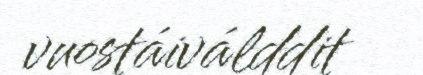
vuostáiválddit